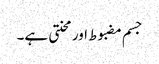
جسم مضبوط اور محنتی ہے۔